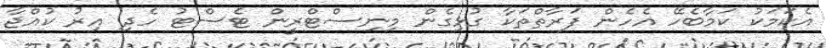
އެކަމަކު ކަމާބެހޭ އެހެން ފަރާތްތަކާ ގުޅިގެން މިނިސްޓްރީން ޓެސްޓު ހެދި އިރު ކުއްޖާ